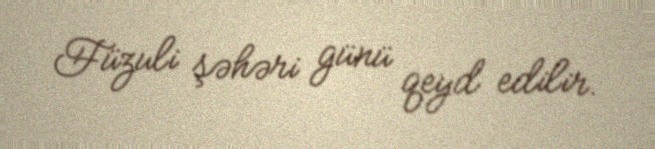
Füzuli şəhəri günü qeyd edilir.